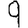
Digit: 9